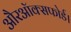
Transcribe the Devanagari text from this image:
औरऑक्सफोर्ड।